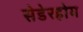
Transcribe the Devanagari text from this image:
सेडेरहोम